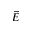
\vec { E }